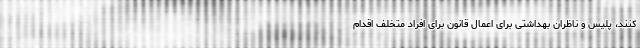
کنند، پلیس و ناظران بهداشتی برای اعمال قانون برای افراد متخلف اقدام